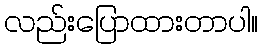
လည်းပြောထားတာပါ။